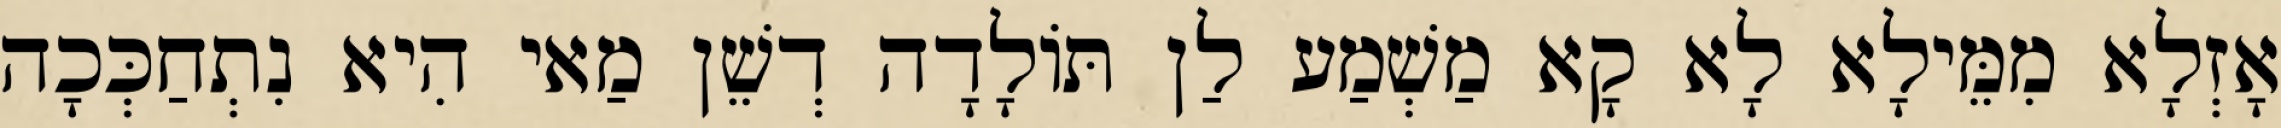
אָזְלָא מִמֵּילָא לָא קָא מַשְׁמַע לַן תּוֹלָדָה דְשֵׁן מַאי הִיא נִתְחַכְּכָה